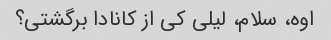
اوه، سلام، لیلی کی از کانادا برگشتی؟